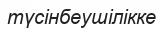
түсінбеушілікке